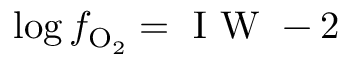
\log f _ { \mathrm { O _ { 2 } } } = \mathrm { ~ I ~ W ~ } - 2